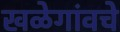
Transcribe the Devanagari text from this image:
खळेगांवचे